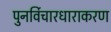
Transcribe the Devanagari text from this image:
पुनर्विचारधाराकरण